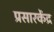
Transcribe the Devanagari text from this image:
प्रसारकेंद्र